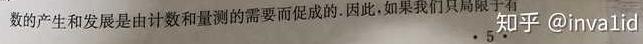
数的产生和发展是由计数和量测的需要而促成的. 因此, 如果我们只局限于有